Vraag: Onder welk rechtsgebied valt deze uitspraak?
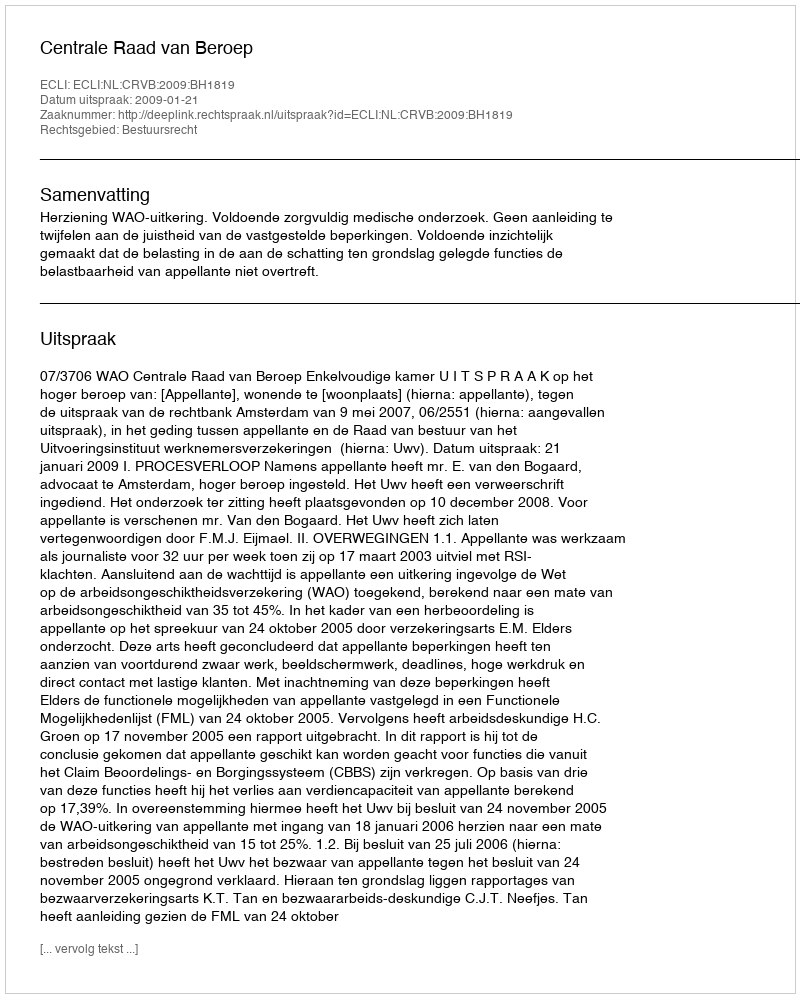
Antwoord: Bestuursrecht